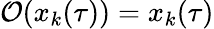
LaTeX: \mathcal{O}(x_{k}(\tau))=x_{k}(\tau)